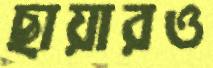
ছায়ারও